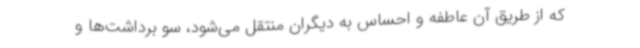
که از طریق آن عاطفه و احساس به دیگران منتقل می‌شود، سو برداشت‌ها و